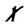
Character: x